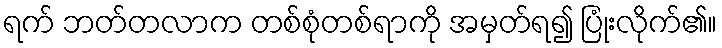
ရက် ဘတ်တလာက တစ်စုံတစ်ရာကို အမှတ်ရ၍ ပြုံးလိုက်၏။